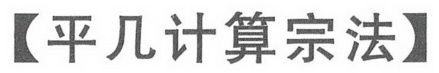
【平几计算宗法】